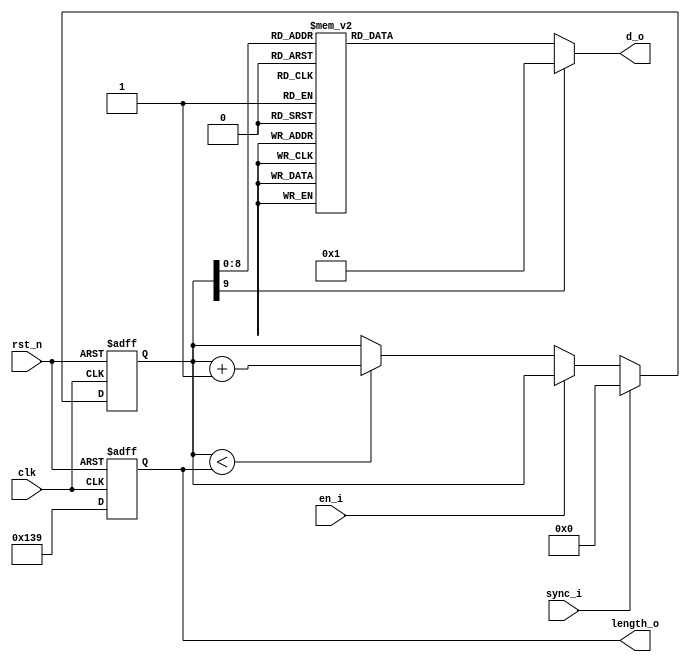
//-------------------------------------------------------------------
//
//  COPYRIGHT (C) 2012, Renfeng Dou, Fudan University
//
//  THIS FILE MAY NOT BE MODIFIED OR REDISTRIBUTED WITHOUT THE
//  EXPRESSED WRITTEN CONSENT OF Renfeng Dou
//
//  Renfeng Dou			    email:12212020002@fudan.edu.cn
//  Fudan University          www.fudan.edu.cn
//-------------------------------------------------------------------
// Description    : ROM file for VeriInstrument Graphic LCD
//
//-------------------------------------------------------------------

//synopsys_translate_off
`timescale 1ns/1ns
//synopsys_translate_on

module left_pic_rom(
                  clk,
                  rst_n,
                  sync_i,
                  en_i,
                  d_o,
                  length_o
);

input         clk;
input         rst_n;
input         sync_i;
input         en_i;
output [8:0]  d_o;
output [9:0]  length_o;

reg [9:0]     counter_r;

reg [8:0]     d_o;
reg [9:0]     length_o;

always @ (counter_r)
begin
  case(counter_r)
  10'd0: d_o =   {8'h3e,1'b0};
  10'd1: d_o =   {8'hb9,1'b0};
  10'd2: d_o =   {8'h4f,1'b0};
  10'd3: d_o =   {8'h01,1'b1};
  10'd4: d_o =   {8'h03,1'b1};
  10'd5: d_o =   {8'h06,1'b1};
  10'd6: d_o =   {8'h0e,1'b1};
  10'd7: d_o =   {8'h08,1'b1};
  10'd8: d_o =   {8'h18,1'b1};
  10'd9: d_o =   {8'h30,1'b1};
  10'd10: d_o =   {8'h37,1'b1};
  10'd11: d_o =   {8'h32,1'b1};
  10'd12: d_o =   {8'h61,1'b1};
  10'd13: d_o =   {8'h46,1'b1};
  10'd14: d_o =   {8'h4e,1'b1};
  10'd15: d_o =   {8'h51,1'b1};
  10'd16: d_o =   {8'hd0,1'b1};
  10'd17: d_o =   {8'hf8,1'b1};
  10'd18: d_o =   {8'hc3,1'b1};
  10'd19: d_o =   {8'hbc,1'b1};
  10'd20: d_o =   {8'h81,1'b1};
  10'd21: d_o =   {8'h81,1'b1};
  10'd22: d_o =   {8'h81,1'b1};
  10'd23: d_o =   {8'hbc,1'b1};
  10'd24: d_o =   {8'ha0,1'b1};
  10'd25: d_o =   {8'hf4,1'b1};
  10'd26: d_o =   {8'h55,1'b1};
  10'd27: d_o =   {8'h5f,1'b1};
  10'd28: d_o =   {8'h40,1'b1};
  10'd29: d_o =   {8'h60,1'b1};
  10'd30: d_o =   {8'h60,1'b1};
  10'd31: d_o =   {8'h30,1'b1};
  10'd32: d_o =   {8'h30,1'b1};
  10'd33: d_o =   {8'h30,1'b1};
  10'd34: d_o =   {8'h08,1'b1};
  10'd35: d_o =   {8'h0c,1'b1};
  10'd36: d_o =   {8'h06,1'b1};
  10'd37: d_o =   {8'h06,1'b1};
  10'd38: d_o =   {8'h01,1'b1};
  10'd39: d_o =   {8'hba,1'b0};
  10'd40: d_o =   {8'h49,1'b0};
  10'd41: d_o =   {8'h01,1'b1};
  10'd42: d_o =   {8'h03,1'b1};
  10'd43: d_o =   {8'h0e,1'b1};
  10'd44: d_o =   {8'h39,1'b1};
  10'd45: d_o =   {8'h30,1'b1};
  10'd46: d_o =   {8'hc0,1'b1};
  10'd47: d_o =   {8'h90,1'b1};
  10'd48: d_o =   {8'h08,1'b1};
  10'd49: d_o =   {8'h00,1'b1};
  10'd50: d_o =   {8'h7c,1'b1};
  10'd51: d_o =   {8'h21,1'b1};
  10'd52: d_o =   {8'h21,1'b1};
  10'd53: d_o =   {8'h16,1'b1};
  10'd54: d_o =   {8'he4,1'b1};
  10'd55: d_o =   {8'h28,1'b1};
  10'd56: d_o =   {8'h18,1'b1};
  10'd57: d_o =   {8'h97,1'b1};
  10'd58: d_o =   {8'haf,1'b1};
  10'd59: d_o =   {8'h3c,1'b1};
  10'd60: d_o =   {8'h38,1'b1};
  10'd61: d_o =   {8'h58,1'b1};
  10'd62: d_o =   {8'h5f,1'b1};
  10'd63: d_o =   {8'h5f,1'b1};
  10'd64: d_o =   {8'hd8,1'b1};
  10'd65: d_o =   {8'hd8,1'b1};
  10'd66: d_o =   {8'h5e,1'b1};
  10'd67: d_o =   {8'h4f,1'b1};
  10'd68: d_o =   {8'h47,1'b1};
  10'd69: d_o =   {8'h40,1'b1};
  10'd70: d_o =   {8'h27,1'b1};
  10'd71: d_o =   {8'hbf,1'b1};
  10'd72: d_o =   {8'h3f,1'b1};
  10'd73: d_o =   {8'h10,1'b1};
  10'd74: d_o =   {8'h18,1'b1};
  10'd75: d_o =   {8'h08,1'b1};
  10'd76: d_o =   {8'h04,1'b1};
  10'd77: d_o =   {8'h02,1'b1};
  10'd78: d_o =   {8'h01,1'b1};
  10'd79: d_o =   {8'h00,1'b1};
  10'd80: d_o =   {8'h02,1'b1};
  10'd81: d_o =   {8'h02,1'b1};
  10'd82: d_o =   {8'h04,1'b1};
  10'd83: d_o =   {8'hcc,1'b1};
  10'd84: d_o =   {8'hc8,1'b1};
  10'd85: d_o =   {8'h30,1'b1};
  10'd86: d_o =   {8'h1c,1'b1};
  10'd87: d_o =   {8'h06,1'b1};
  10'd88: d_o =   {8'h03,1'b1};
  10'd89: d_o =   {8'hbb,1'b0};
  10'd90: d_o =   {8'h48,1'b0};
  10'd91: d_o =   {8'h3f,1'b1};
  10'd92: d_o =   {8'hf0,1'b1};
  10'd93: d_o =   {8'hc0,1'b1};
  10'd94: d_o =   {8'h11,1'b1};
  10'd95: d_o =   {8'h80,1'b1};
  10'd96: d_o =   {8'h88,1'b1};
  10'd97: d_o =   {8'h08,1'b1};
  10'd98: d_o =   {8'h4b,1'b1};
  10'd99: d_o =   {8'h21,1'b1};
  10'd100: d_o =   {8'h0f,1'b1};
  10'd101: d_o =   {8'h70,1'b1};
  10'd102: d_o =   {8'h80,1'b1};
  10'd103: d_o =   {8'h80,1'b1};
  10'd104: d_o =   {8'h01,1'b1};
  10'd105: d_o =   {8'h03,1'b1};
  10'd106: d_o =   {8'h03,1'b1};
  10'd107: d_o =   {8'h06,1'b1};
  10'd108: d_o =   {8'hf0,1'b1};
  10'd109: d_o =   {8'hf0,1'b1};
  10'd110: d_o =   {8'h31,1'b1};
  10'd111: d_o =   {8'h3f,1'b1};
  10'd112: d_o =   {8'h3f,1'b1};
  10'd113: d_o =   {8'hfe,1'b1};
  10'd114: d_o =   {8'hf8,1'b1};
  10'd115: d_o =   {8'h39,1'b1};
  10'd116: d_o =   {8'h39,1'b1};
  10'd117: d_o =   {8'hf9,1'b1};
  10'd118: d_o =   {8'hf1,1'b1};
  10'd119: d_o =   {8'hf1,1'b1};
  10'd120: d_o =   {8'h03,1'b1};
  10'd121: d_o =   {8'hff,1'b1};
  10'd122: d_o =   {8'hff,1'b1};
  10'd123: d_o =   {8'hc3,1'b1};
  10'd124: d_o =   {8'h01,1'b1};
  10'd125: d_o =   {8'h01,1'b1};
  10'd126: d_o =   {8'h01,1'b1};
  10'd127: d_o =   {8'h01,1'b1};
  10'd128: d_o =   {8'h01,1'b1};
  10'd129: d_o =   {8'h81,1'b1};
  10'd130: d_o =   {8'h40,1'b1};
  10'd131: d_o =   {8'h1c,1'b1};
  10'd132: d_o =   {8'h07,1'b1};
  10'd133: d_o =   {8'h08,1'b1};
  10'd134: d_o =   {8'h12,1'b1};
  10'd135: d_o =   {8'h32,1'b1};
  10'd136: d_o =   {8'h02,1'b1};
  10'd137: d_o =   {8'h04,1'b1};
  10'd138: d_o =   {8'h18,1'b1};
  10'd139: d_o =   {8'hc0,1'b1};
  10'd140: d_o =   {8'h7f,1'b1};
  10'd141: d_o =   {8'h0f,1'b1};
  10'd142: d_o =   {8'hbc,1'b0};
  10'd143: d_o =   {8'h48,1'b0};
  10'd144: d_o =   {8'hff,1'b1};
  10'd145: d_o =   {8'h01,1'b1};
  10'd146: d_o =   {8'h20,1'b1};
  10'd147: d_o =   {8'h25,1'b1};
  10'd148: d_o =   {8'ha4,1'b1};
  10'd149: d_o =   {8'he4,1'b1};
  10'd150: d_o =   {8'h24,1'b1};
  10'd151: d_o =   {8'h0c,1'b1};
  10'd152: d_o =   {8'hf0,1'b1};
  10'd153: d_o =   {8'hfe,1'b1};
  10'd154: d_o =   {8'h41,1'b1};
  10'd155: d_o =   {8'hc0,1'b1};
  10'd156: d_o =   {8'hc0,1'b1};
  10'd157: d_o =   {8'hc0,1'b1};
  10'd158: d_o =   {8'hff,1'b1};
  10'd159: d_o =   {8'hff,1'b1};
  10'd160: d_o =   {8'hc7,1'b1};
  10'd161: d_o =   {8'hdf,1'b1};
  10'd162: d_o =   {8'hd8,1'b1};
  10'd163: d_o =   {8'hff,1'b1};
  10'd164: d_o =   {8'he7,1'b1};
  10'd165: d_o =   {8'hc0,1'b1};
  10'd166: d_o =   {8'hcf,1'b1};
  10'd167: d_o =   {8'hd8,1'b1};
  10'd168: d_o =   {8'hdc,1'b1};
  10'd169: d_o =   {8'hdf,1'b1};
  10'd170: d_o =   {8'hc0,1'b1};
  10'd171: d_o =   {8'h87,1'b1};
  10'd172: d_o =   {8'h8f,1'b1};
  10'd173: d_o =   {8'h83,1'b1};
  10'd174: d_o =   {8'hbf,1'b1};
  10'd175: d_o =   {8'hbf,1'b1};
  10'd176: d_o =   {8'h83,1'b1};
  10'd177: d_o =   {8'h9f,1'b1};
  10'd178: d_o =   {8'hbd,1'b1};
  10'd179: d_o =   {8'h81,1'b1};
  10'd180: d_o =   {8'h80,1'b1};
  10'd181: d_o =   {8'hc0,1'b1};
  10'd182: d_o =   {8'hc0,1'b1};
  10'd183: d_o =   {8'hc0,1'b1};
  10'd184: d_o =   {8'h07,1'b1};
  10'd185: d_o =   {8'hfc,1'b1};
  10'd186: d_o =   {8'h00,1'b1};
  10'd187: d_o =   {8'h0a,1'b1};
  10'd188: d_o =   {8'h1a,1'b1};
  10'd189: d_o =   {8'h19,1'b1};
  10'd190: d_o =   {8'h09,1'b1};
  10'd191: d_o =   {8'h08,1'b1};
  10'd192: d_o =   {8'h00,1'b1};
  10'd193: d_o =   {8'hff,1'b1};
  10'd194: d_o =   {8'hfe,1'b1};
  10'd195: d_o =   {8'hbd,1'b0};
  10'd196: d_o =   {8'h49,1'b0};
  10'd197: d_o =   {8'hf0,1'b1};
  10'd198: d_o =   {8'h78,1'b1};
  10'd199: d_o =   {8'h8e,1'b1};
  10'd200: d_o =   {8'h83,1'b1};
  10'd201: d_o =   {8'h89,1'b1};
  10'd202: d_o =   {8'ha6,1'b1};
  10'd203: d_o =   {8'hc4,1'b1};
  10'd204: d_o =   {8'h8c,1'b1};
  10'd205: d_o =   {8'h0a,1'b1};
  10'd206: d_o =   {8'h80,1'b1};
  10'd207: d_o =   {8'h66,1'b1};
  10'd208: d_o =   {8'h31,1'b1};
  10'd209: d_o =   {8'h09,1'b1};
  10'd210: d_o =   {8'hfc,1'b1};
  10'd211: d_o =   {8'hf6,1'b1};
  10'd212: d_o =   {8'hf1,1'b1};
  10'd213: d_o =   {8'hf9,1'b1};
  10'd214: d_o =   {8'h19,1'b1};
  10'd215: d_o =   {8'hf8,1'b1};
  10'd216: d_o =   {8'hf0,1'b1};
  10'd217: d_o =   {8'h00,1'b1};
  10'd218: d_o =   {8'hf8,1'b1};
  10'd219: d_o =   {8'h18,1'b1};
  10'd220: d_o =   {8'h78,1'b1};
  10'd221: d_o =   {8'hf8,1'b1};
  10'd222: d_o =   {8'h00,1'b1};
  10'd223: d_o =   {8'hc8,1'b1};
  10'd224: d_o =   {8'hd8,1'b1};
  10'd225: d_o =   {8'hf8,1'b1};
  10'd226: d_o =   {8'hd8,1'b1};
  10'd227: d_o =   {8'h98,1'b1};
  10'd228: d_o =   {8'hf9,1'b1};
  10'd229: d_o =   {8'hc1,1'b1};
  10'd230: d_o =   {8'hc1,1'b1};
  10'd231: d_o =   {8'hc6,1'b1};
  10'd232: d_o =   {8'h48,1'b1};
  10'd233: d_o =   {8'h48,1'b1};
  10'd234: d_o =   {8'h30,1'b1};
  10'd235: d_o =   {8'hc8,1'b1};
  10'd236: d_o =   {8'h10,1'b1};
  10'd237: d_o =   {8'h0e,1'b1};
  10'd238: d_o =   {8'h01,1'b1};
  10'd239: d_o =   {8'h01,1'b1};
  10'd240: d_o =   {8'h00,1'b1};
  10'd241: d_o =   {8'h01,1'b1};
  10'd242: d_o =   {8'h06,1'b1};
  10'd243: d_o =   {8'h0e,1'b1};
  10'd244: d_o =   {8'h70,1'b1};
  10'd245: d_o =   {8'h80,1'b1};
  10'd246: d_o =   {8'hbe,1'b0};
  10'd247: d_o =   {8'h4d,1'b0};
  10'd248: d_o =   {8'hc0,1'b1};
  10'd249: d_o =   {8'he0,1'b1};
  10'd250: d_o =   {8'h30,1'b1};
  10'd251: d_o =   {8'h18,1'b1};
  10'd252: d_o =   {8'h1c,1'b1};
  10'd253: d_o =   {8'h24,1'b1};
  10'd254: d_o =   {8'hd2,1'b1};
  10'd255: d_o =   {8'hd2,1'b1};
  10'd256: d_o =   {8'h63,1'b1};
  10'd257: d_o =   {8'hc1,1'b1};
  10'd258: d_o =   {8'hc1,1'b1};
  10'd259: d_o =   {8'h06,1'b1};
  10'd260: d_o =   {8'h08,1'b1};
  10'd261: d_o =   {8'h0a,1'b1};
  10'd262: d_o =   {8'hb8,1'b1};
  10'd263: d_o =   {8'hc1,1'b1};
  10'd264: d_o =   {8'hdf,1'b1};
  10'd265: d_o =   {8'h40,1'b1};
  10'd266: d_o =   {8'h41,1'b1};
  10'd267: d_o =   {8'h5f,1'b1};
  10'd268: d_o =   {8'h5d,1'b1};
  10'd269: d_o =   {8'h41,1'b1};
  10'd270: d_o =   {8'h40,1'b1};
  10'd271: d_o =   {8'h41,1'b1};
  10'd272: d_o =   {8'hff,1'b1};
  10'd273: d_o =   {8'h84,1'b1};
  10'd274: d_o =   {8'h80,1'b1};
  10'd275: d_o =   {8'h02,1'b1};
  10'd276: d_o =   {8'h00,1'b1};
  10'd277: d_o =   {8'h00,1'b1};
  10'd278: d_o =   {8'h01,1'b1};
  10'd279: d_o =   {8'h01,1'b1};
  10'd280: d_o =   {8'h03,1'b1};
  10'd281: d_o =   {8'h02,1'b1};
  10'd282: d_o =   {8'h04,1'b1};
  10'd283: d_o =   {8'h0c,1'b1};
  10'd284: d_o =   {8'h18,1'b1};
  10'd285: d_o =   {8'h10,1'b1};
  10'd286: d_o =   {8'h60,1'b1};
  10'd287: d_o =   {8'hc0,1'b1};
  10'd288: d_o =   {8'h80,1'b1};
  10'd289: d_o =   {8'hbf,1'b0};
  10'd290: d_o =   {8'h56,1'b0};
  10'd291: d_o =   {8'h80,1'b1};
  10'd292: d_o =   {8'h80,1'b1};
  10'd293: d_o =   {8'h80,1'b1};
  10'd294: d_o =   {8'hc0,1'b1};
  10'd295: d_o =   {8'h40,1'b1};
  10'd296: d_o =   {8'h40,1'b1};
  10'd297: d_o =   {8'h40,1'b1};
  10'd298: d_o =   {8'h40,1'b1};
  10'd299: d_o =   {8'h40,1'b1};
  10'd300: d_o =   {8'h60,1'b1};
  10'd301: d_o =   {8'h20,1'b1};
  10'd302: d_o =   {8'h20,1'b1};
  10'd303: d_o =   {8'h60,1'b1};
  10'd304: d_o =   {8'h60,1'b1};
  10'd305: d_o =   {8'h40,1'b1};
  10'd306: d_o =   {8'h40,1'b1};
  10'd307: d_o =   {8'h40,1'b1};
  10'd308: d_o =   {8'h40,1'b1};
  10'd309: d_o =   {8'h40,1'b1};
  10'd310: d_o =   {8'hc0,1'b1};
  10'd311: d_o =   {8'h80,1'b1};
  10'd312: d_o =   {8'h80,1'b1};
  10'd313: d_o =   {8'h3f,1'b0};
  default:d_o =   {8'h00,1'b1};
  endcase
end

always @ (posedge clk or negedge rst_n)
begin
  if(!rst_n)
      begin
          length_o    <= 10'd313;
          counter_r   <= 10'd0;
      end
  else
      begin                         // sync = 0 & en_i = 0 then couter++
          length_o  <= 10'd313;
          if(sync_i)
              counter_r   <= 10'd0;
          else if(!en_i)
              if(counter_r<length_o)
                  counter_r   <= counter_r + 1'b1;
      end
end

endmodule